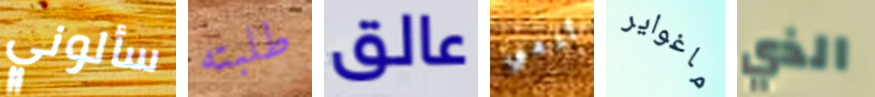
سألوني طلبته عالق أذهبي ماغواير الذي